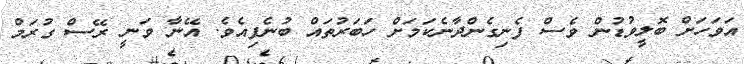
އަވަހަށް ބޮލީވުޑުން ވެސް ފެނިގެންދާނެކަމަށް ހަބަރުތައް ބުނެފިއެވެ. އޭނާ ވަނީ ރޭސް ގުރަމް